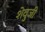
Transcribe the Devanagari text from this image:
शेवुजी